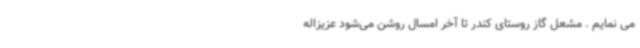
می‌ نمایم . مشعل گاز روستای کندر تا آخر امسال روشن می‌شود عزیزاله